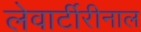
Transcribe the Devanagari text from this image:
लेवार्टीरीनाल